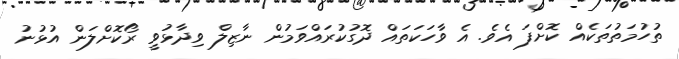
ތުހުމަތުތަކެއް ކޮށްފަ އެވެ. އެ ވާހަކަތައް ދޮގުކުރައްވަމުން ނާޒިލް ވިދާޅުވީ ރޯކޮށްލަން އުޅުނު